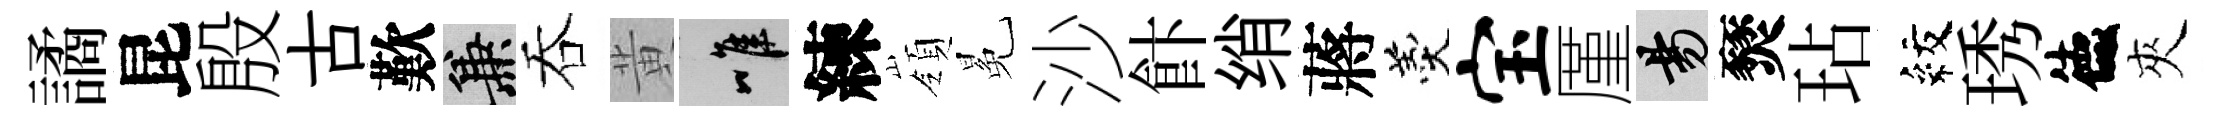
譎昆殷古歎兼吞黄唯練嶺冕沙飰绡蔣羹宝厪昜燹玷紋琇德夾